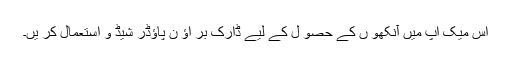
اس میک اپ میں آنکھو ں کے حصو ل کے لیے ڈارک بر اؤ ن پاؤڈر شیڈ و استعمال کر یں۔